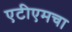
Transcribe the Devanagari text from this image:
एटीएमचा